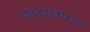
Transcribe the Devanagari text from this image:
व्यावसायिकीकरण